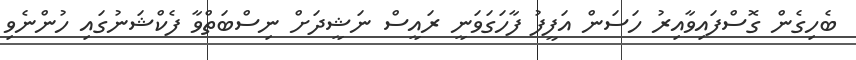
ބެހިގެން ގޮސްފައިވާއިރު ހަސަން އަފީފު ފާހަގަވަނީ ރައީސް ނަޝީދަށް ނިސްބަތްވާ ފެކްޝަނުގައި ހުންނެވި